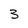
Character: 3